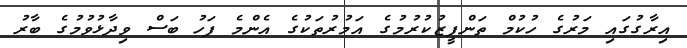
އިރާގުގައި މަރުގެ ހުކުމް ތަންފީޒުކުރުމުގެ އަމުރުތަކުގެ އެންމެ ފަހު ބަސް ވިދާޅުވުމުގެ ބާރު